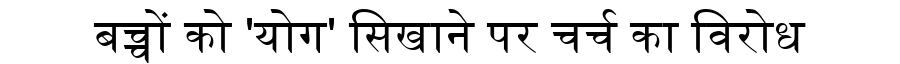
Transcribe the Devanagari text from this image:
बच्चों को 'योग' सिखाने पर चर्च का विरोध